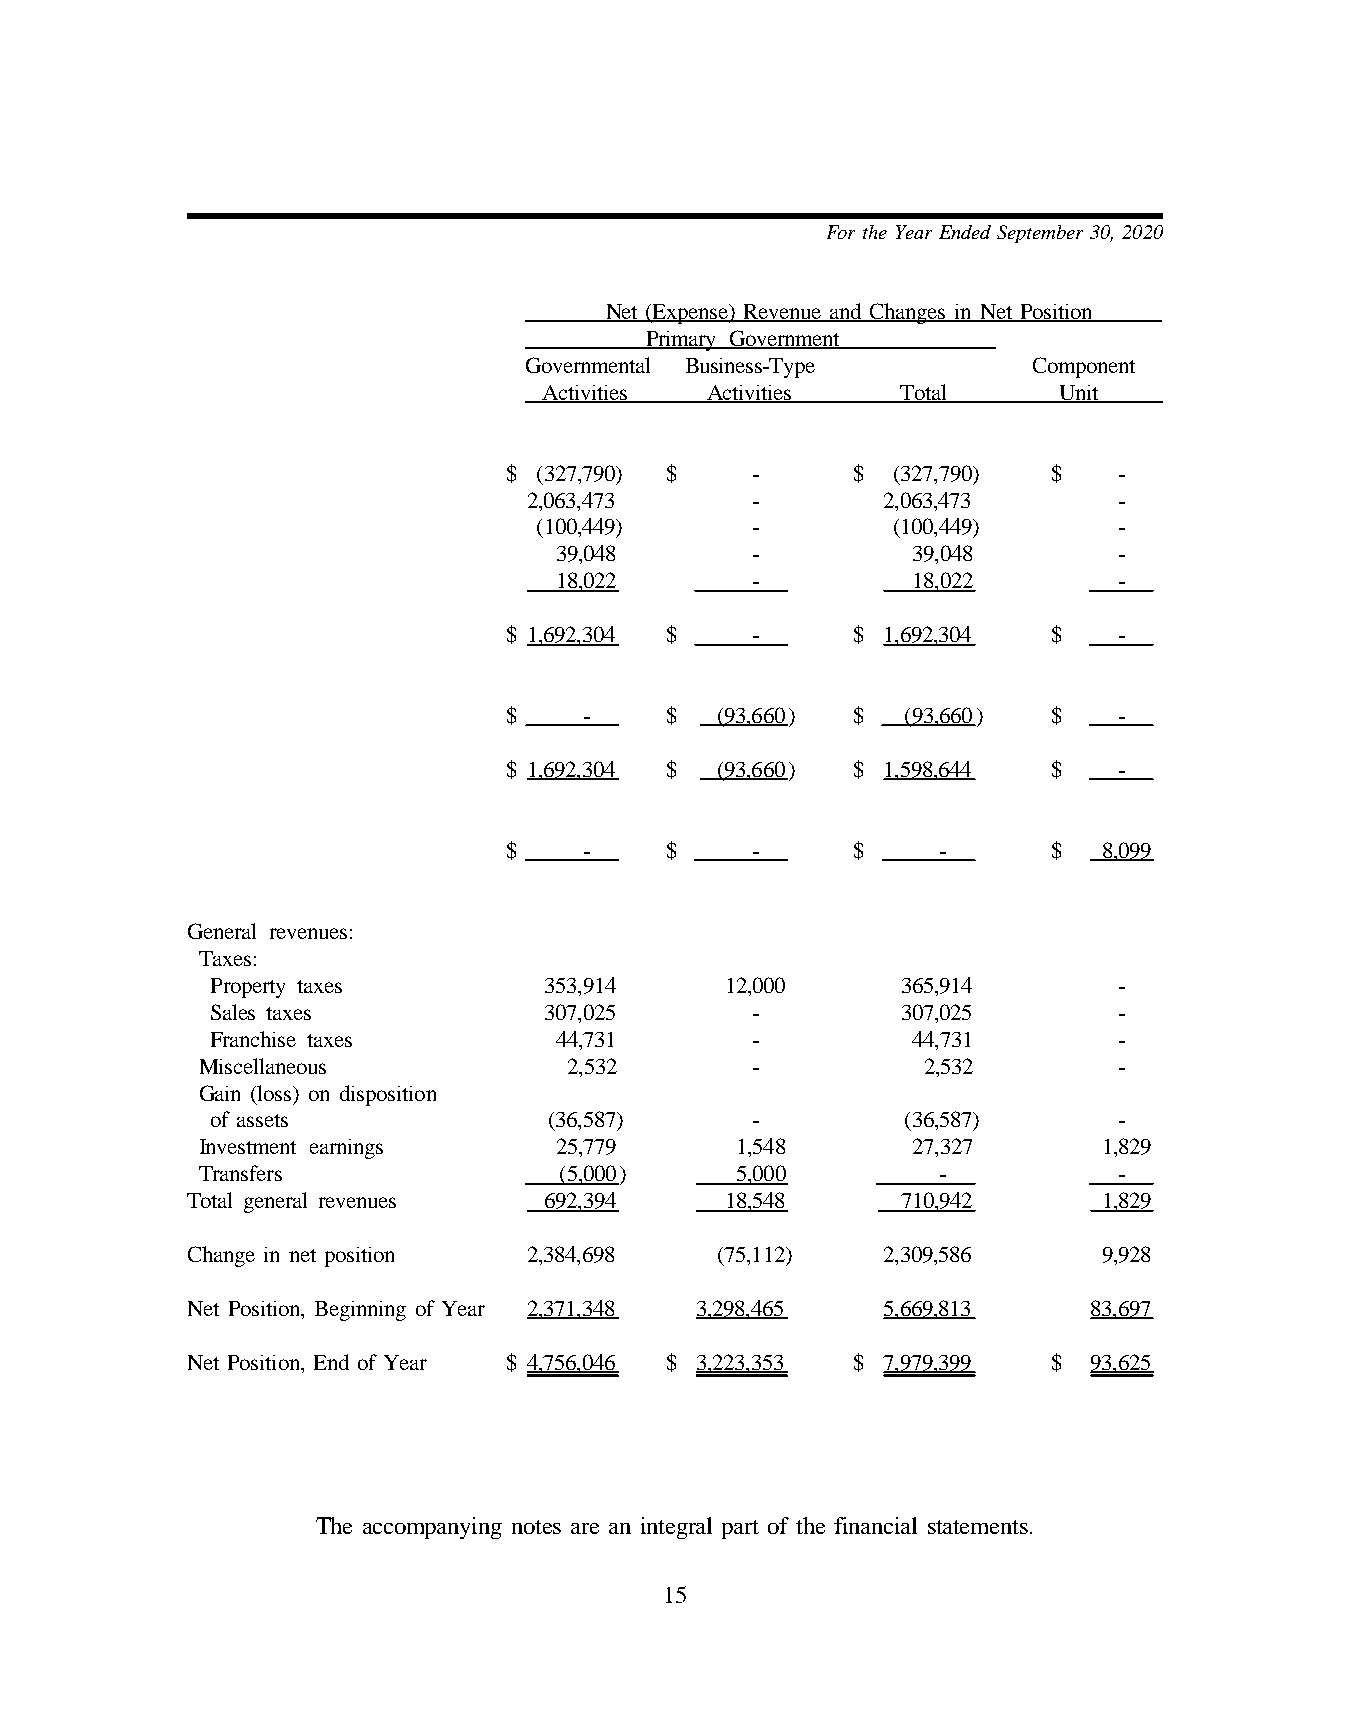
For the Year Ended September 30, 2020
 Net (Expense) Revenue and Changes in Net Position
 Primary Government
 Governmental Business-Type       Component
 Activities Activities   Total     Unit
 $ (327,790) $   -      $ (327,790)  $   -
 2,063,473      -       2,063,473       -
 (100,449)     -        (100,449)      -
 39,048       -         39,048        -
 18,022       -         18,022        -
 $ 1,692,304 $   -      $ 1,692,304  $   -
 $    -    $  (93,660)  $  (93,660)  $   -
 $ 1,692,304 $ (93,660) $ 1,598,644  $   -
 $    -    $     -      $    -       $  8,099
 General revenues:
 Taxes:
 Property taxes        353,914     12,000      365,914       -
 Sales taxes           307,025       -         307,025       -
 Franchise taxes        44,731       -         44,731        -
 Miscellaneous            2,532       -          2,532        -
 Gain (loss) on disposition
 of assets             (36,587)      -         (36,587)      -
 Investment earnings     25,779      1,548      27,327       1,829
 Transfers               (5,000)     5,000        -           -
 Total general revenues  692,394     18,548      710,942      1,829
 Change in net position 2,384,698   (75,112)   2,309,586      9,928
 Net Position, Beginning of Year 2,371,348 3,298,465 5,669,813 83,697
 Net Position, End of Year $ 4,756,046 $ 3,223,353 $ 7,979,399 $ 93,625
 The accompanying notes are an integral part of the financial statements.
 15